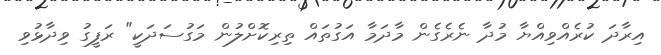
އިރާދަ ކުރެއްވިއްޔާ މުދާ ނެރެގެން މާދަމާ އަގުތައް ތިރިކޮށްލުން މަގުސަދަކީ" ރަފީގު ވިދާޅުވި